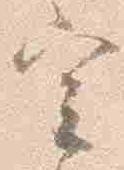
実